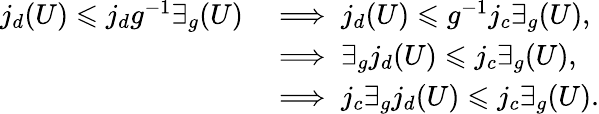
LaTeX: \begin{array}{rl}{j_{d}(U)\leqslant j_{d}g^{-1}\exists_{g}(U)}&{\implies j_{d}(U)\leqslant g^{-1}j_{c}\exists_{g}(U),}\\ &{\implies\exists_{g}j_{d}(U)\leqslant j_{c}\exists_{g}(U),}\\ &{\implies j_{c}\exists_{g}j_{d}(U)\leqslant j_{c}\exists_{g}(U).}\end{array}